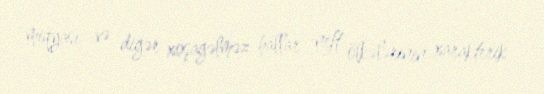
miqyası və digər xoşagəlməz hallar neft ölkələrinin xarakterik